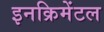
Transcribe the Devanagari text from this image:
इनक्रिमेंटल